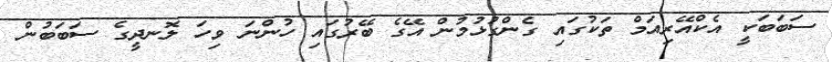
ސަބަބަކީ އެކްއޭރިއަމް ތަކުގައި ގެންގުޅުމުން އޭގެ ބޭރުގައި ހުންނަ ވިހަ ލޮނދީގެ ސަބަބުން